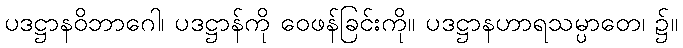
ပဒဋ္ဌာနဝိဘာဂေါ၊ ပဒဋ္ဌာန်ကို ဝေဖန်ခြင်းကို။ ပဒဋ္ဌာနဟာရသမ္ပာတေ၊ ၌။